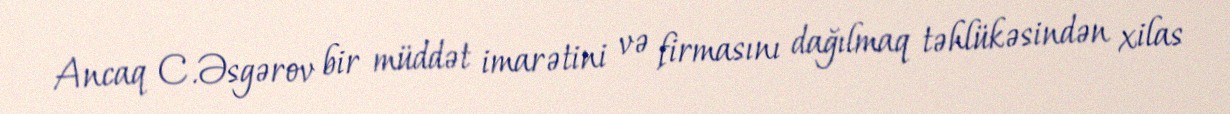
Ancaq C.Əsgərov bir müddət imarətini və firmasını dağılmaq təhlükəsindən xilas